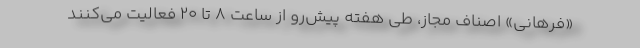
«فرهانی» اصناف مجاز، طی هفته پیش‌رو از ساعت ٨ تا ۲۰ فعالیت می‌کنند